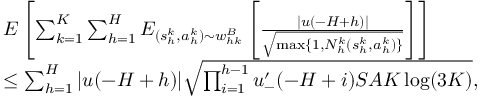
\begin{array} { r l } & { E \left[ \sum _ { k = 1 } ^ { K } \sum _ { h = 1 } ^ { H } E _ { ( s _ { h } ^ { k } , a _ { h } ^ { k } ) \sim w _ { h k } ^ { B } } \left[ \frac { \vert u ( - H + h ) \vert } { \sqrt { \operatorname* { m a x } \{ 1 , N _ { h } ^ { k } ( s _ { h } ^ { k } , a _ { h } ^ { k } ) \} } } \right] \right] } \\ & { \leq \sum _ { h = 1 } ^ { H } \vert u ( - H + h ) \vert \sqrt { \prod _ { i = 1 } ^ { h - 1 } u _ { - } ^ { \prime } ( - H + i ) S A K \log ( 3 K ) } , } \end{array}